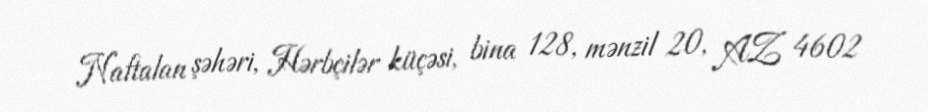
Naftalan şəhəri, Hərbçilər küçəsi, bina 128, mənzil 20, AZ 4602